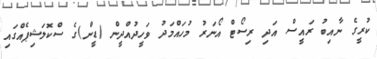
ކުރީގެ ނާއިބު ރައީސް އަދި ރިސޯޓް އޯނަރު މުހައްމަދު ވަހީދުއްދީން (ޑީން)ގެ ސްކޮލަޝިޕެއްގައި